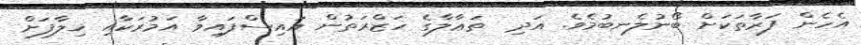
އެހެން ފަރާތަކަށް ބޯނުލެނބުމެވެ. އަދި  ތަޢާލާގެ ހަޒްރަތުން އައިސްފައިވާ އަމުރަކާއި ޚިލާފަށް